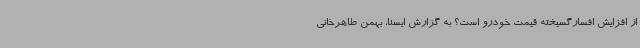
از افزایش افسارگسیخته قیمت خودرو است؟ به گزارش ایسنا، بهمن طاهرخانی